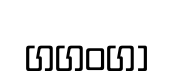
ගගංගා